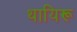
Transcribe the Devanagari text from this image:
थायिरू